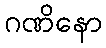
ဂဏိနော